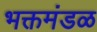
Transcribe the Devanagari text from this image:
भक्तमंडळ